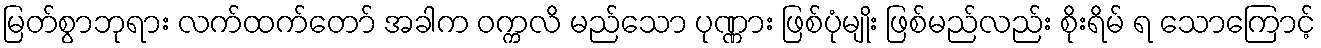
မြတ်စွာဘုရား လက်ထက်တော် အခါက ဝက္ကလိ မည်သော ပုဏ္ဏား ဖြစ်ပုံမျိုး ဖြစ်မည်လည်း စိုးရိမ် ရ သောကြောင့်